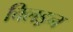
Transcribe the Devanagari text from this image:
चिलड्रन